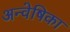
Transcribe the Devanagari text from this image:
अन्वेषिका